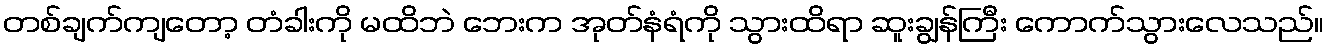
တစ်ချက်ကျတော့ တံခါးကို မထိဘဲ ဘေးက အုတ်နံရံကို သွားထိရာ ဆူးချွန်ကြီး ကောက်သွားလေသည်။